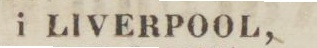
i LIVERPOOL,